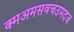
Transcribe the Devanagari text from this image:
क्मअमसवचउमदज